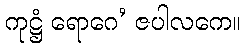
ကုဋ္ဌံ ရောဂေ’ ဇပါလကေ။